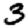
Digit: 3